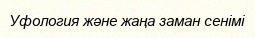
Уфология және жаңа заман сенімі